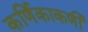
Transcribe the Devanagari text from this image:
कर्णिकाकर्णी